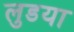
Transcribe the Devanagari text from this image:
लुडया